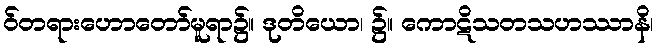
ဝ်တရားဟောတော်မူရာ၌။ ဒုတိယော၊ ၌။ ကောဋိသတသဟဿာနိ၊